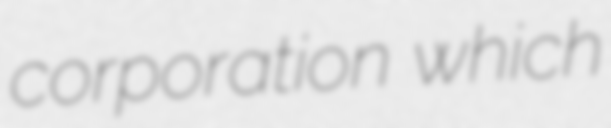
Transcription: corporation which